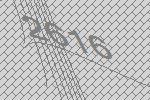
2616